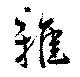
雅